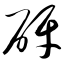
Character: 砑